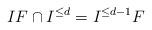
LaTeX: \begin{align*}IF\cap I^{\leq d}=I^{\leq d-1}F\end{align*}